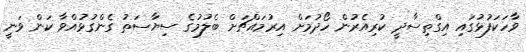
ވާހަކަފުޅުގައި އިގްތިސާދީ ކުރިއެރުން ހޯދުމަށް އިރުމައްޗަށް ބެލުމުގެ ސިޔާސަތު ގެންގުޅުއްވާ ކަން ވަނީ